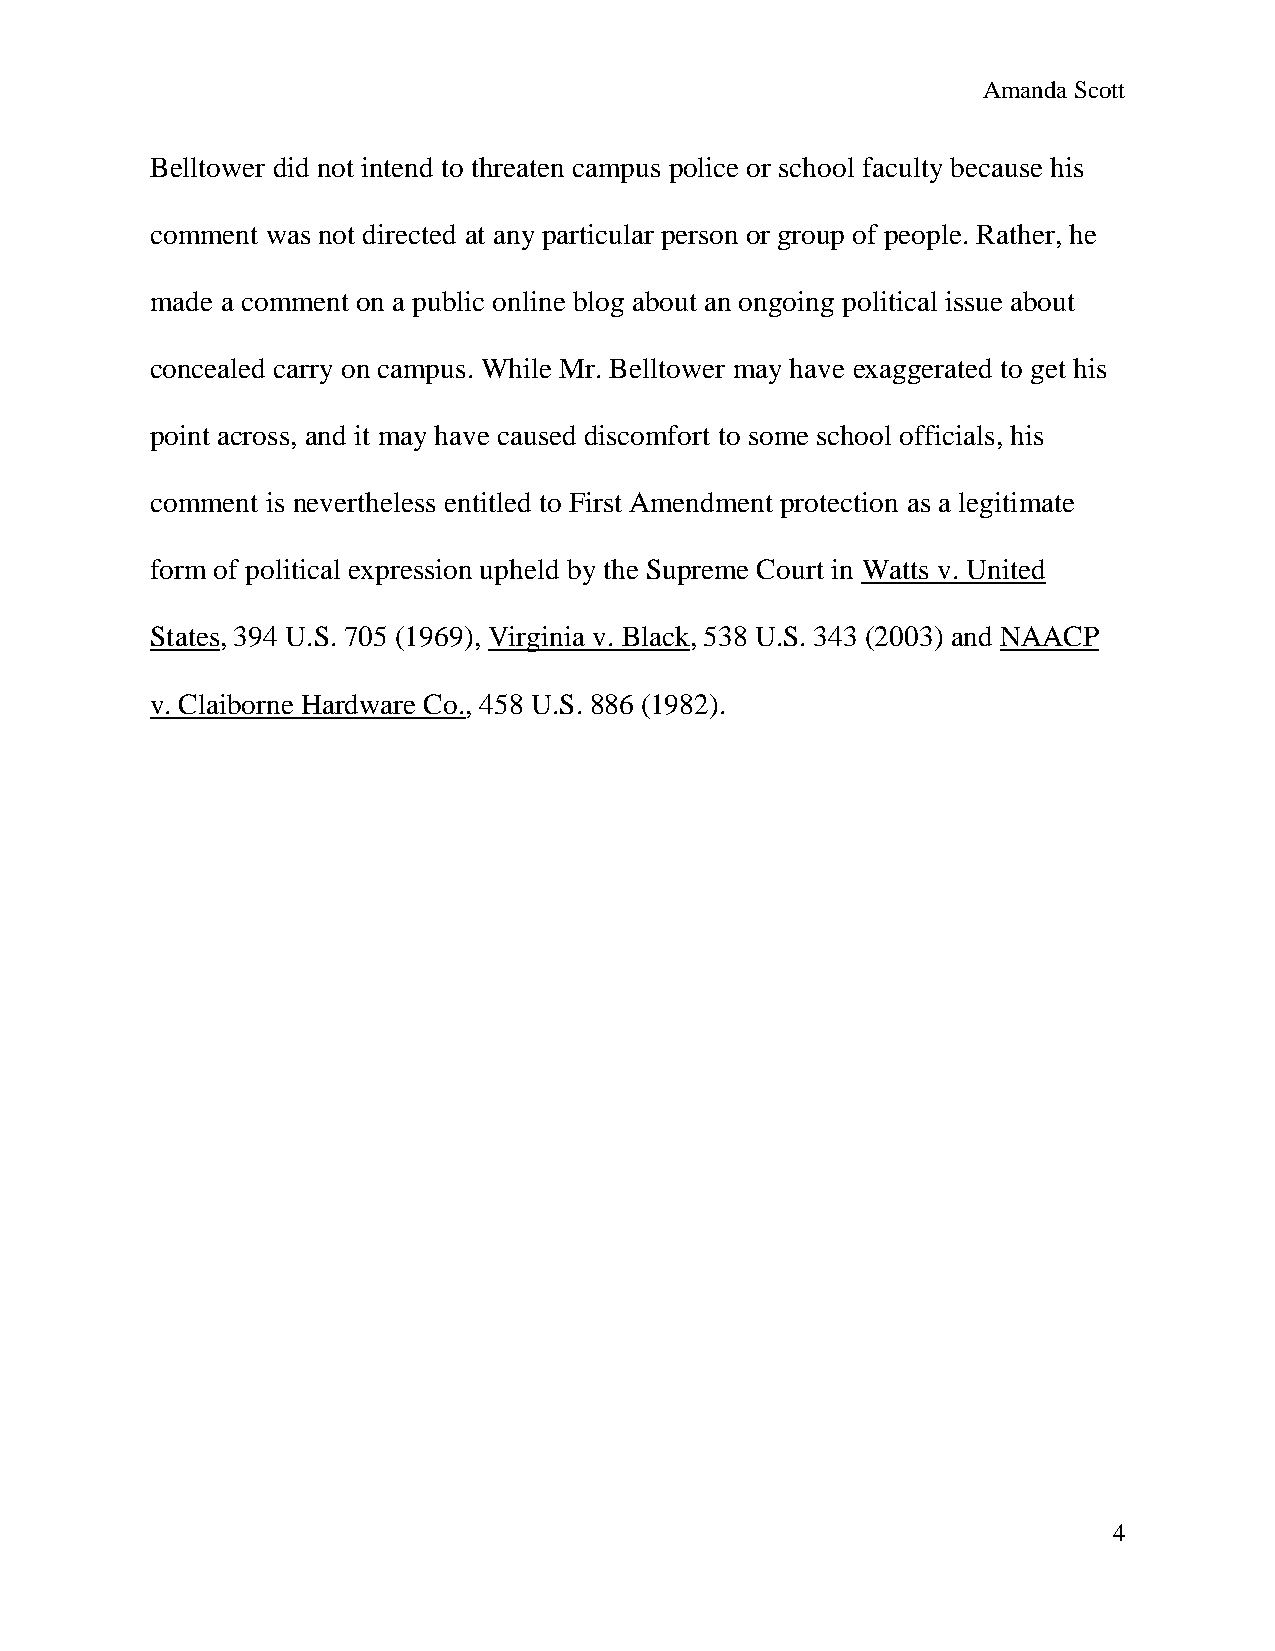
Amanda Scott
 Belltower did not intend to threaten campus police or school faculty because his
 comment was not directed at any particular person or group of people. Rather, he
 made a comment on a public online blog about an ongoing political issue about
 concealed carry on campus. While Mr. Belltower may have exaggerated to get his
 point across, and it may have caused discomfort to some school officials, his
 comment is nevertheless entitled to First Amendment protection as a legitimate
 form of political expression upheld by the Supreme Court in Watts v. United
 States, 394 U.S. 705 (1969), Virginia v. Black, 538 U.S. 343 (2003) and NAACP
 v. Claiborne Hardware Co., 458 U.S. 886 (1982).
 4